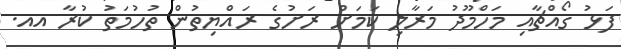
ފަޅު ގޯއްޗާއި މަހްމޫދު މަރާލި ކަމަށް ރަށުގެ ރައްޔިތުން ތުހުމަތު ކުރާ އއ.